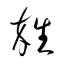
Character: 雑